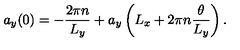
a _ { y } ( 0 ) = - \frac { 2 \pi n } { L _ { y } } + a _ { y } \left( L _ { x } + 2 \pi n \frac { \theta } { L _ { y } } \right) .